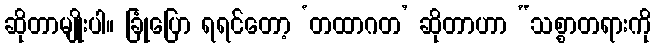
ဆိုတာမျိုးပါ။ ခြုံပြော ရရင်တော့ ‘တထာဂတ’ ဆိုတာဟာ “သစ္စာတရားကို